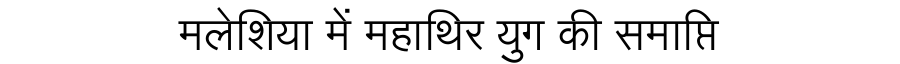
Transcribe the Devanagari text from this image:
मलेशिया में महाथिर युग की समाप्ति